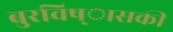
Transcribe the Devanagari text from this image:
बुरविष्ासकी